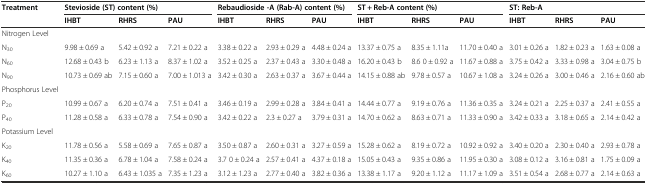
<table><thead><tr><td rowspan="2"><b>Treatment</b></td><td colspan="3"><b>Stevioside (ST) content (%)</b></td><td colspan="3"><b>Rebaudioside -A (Rab-A) content (%)</b></td><td colspan="3"><b>ST + Reb-A content (%)</b></td><td colspan="3"><b>ST: Reb-A</b></td></tr><tr><td><b>IHBT</b></td><td><b>RHRS</b></td><td><b>PAU</b></td><td><b>IHBT</b></td><td><b>RHRS</b></td><td><b>PAU</b></td><td><b>IHBT</b></td><td><b>RHRS</b></td><td><b>PAU</b></td><td><b>IHBT</b></td><td><b>RHRS</b></td><td><b>PAU</b></td></tr></thead><tbody><tr><td>Nitrogen Level</td><td></td><td></td><td></td><td></td><td></td><td></td><td></td><td></td><td></td><td></td><td></td><td></td></tr><tr><td>N<sub>30</sub></td><td>9.98 ± 0.69 a</td><td>5.42 ± 0.92 a</td><td>7.21 ± 0.22 a</td><td>3.38 ± 0.22 a</td><td>2.93 ± 0.29 a</td><td>4.48 ± 0.24 a</td><td>13.37 ± 0.75 a</td><td>8.35 ± 1.11a</td><td>11.70 ± 0.40 a</td><td>3.01 ± 0.26 a</td><td>1.82 ± 0.23 a</td><td>1.63 ± 0.08 a</td></tr><tr><td>N<sub>60</sub></td><td>12.68 ± 0.43 b</td><td>6.23 ± 1.13 a</td><td>8.37 ± 1.02 a</td><td>3.52 ± 0.25 a</td><td>2.37 ± 0.43 a</td><td>3.30 ± 0.48 a</td><td>16.20 ± 0.43 b</td><td>8.6 0 ± 0.92 a</td><td>11.67 ± 0.88 a</td><td>3.75 ± 0.42 a</td><td>3.33 ± 0.98 a</td><td>3.04 ± 0.75 b</td></tr><tr><td>N<sub>90</sub></td><td>10.73 ± 0.69 ab</td><td>7.15 ± 0.60 a</td><td>7.00 ± 1.013 a</td><td>3.42 ± 0.30 a</td><td>2.63 ± 0.37 a</td><td>3.67 ± 0.44 a</td><td>14.15 ± 0.88 ab</td><td>9.78 ± 0.57 a</td><td>10.67 ± 1.08 a</td><td>3.24 ± 0.26 a</td><td>3.00 ± 0.46 a</td><td>2.16 ± 0.60 ab</td></tr><tr><td>Phosphorus Level</td><td></td><td></td><td></td><td></td><td></td><td></td><td></td><td></td><td></td><td></td><td></td><td></td></tr><tr><td>P<sub>20</sub></td><td>10.99 ± 0.67 a</td><td>6.20 ± 0.74 a</td><td>7.51 ± 0.41 a</td><td>3.46 ± 0.19 a</td><td>2.99 ± 0.28 a</td><td>3.84 ± 0.41 a</td><td>14.44 ± 0.77 a</td><td>9.19 ± 0.76 a</td><td>11.36 ± 0.35 a</td><td>3.24 ± 0.21 a</td><td>2.25 ± 0.37 a</td><td>2.41 ± 0.55 a</td></tr><tr><td>P<sub>40</sub></td><td>11.28 ± 0.58 a</td><td>6.33 ± 0.78 a</td><td>7.54 ± 0.90 a</td><td>3.42 ± 0.22 a</td><td>2.3 ± 0.27 a</td><td>3.79 ± 0.31 a</td><td>14.70 ± 0.62 a</td><td>8.63 ± 0.71 a</td><td>11.33 ± 0.90 a</td><td>3.42 ± 0.33 a</td><td>3.18 ± 0.65 a</td><td>2.14 ± 0.42 a</td></tr><tr><td>Potassium Level</td><td></td><td></td><td></td><td></td><td></td><td></td><td></td><td></td><td></td><td></td><td></td><td></td></tr><tr><td>K<sub>20</sub></td><td>11.78 ± 0.56 a</td><td>5.58 ± 0.69 a</td><td>7.65 ± 0.87 a</td><td>3.50 ± 0.87 a</td><td>2.60 ± 0.31 a</td><td>3.27 ± 0.59 a</td><td>15.28 ± 0.62 a</td><td>8.19 ± 0.72 a</td><td>10.92 ± 0.92 a</td><td>3.40 ± 0.20 a</td><td>2.30 ± 0.40 a</td><td>2.93 ± 0.78 a</td></tr><tr><td>K<sub>40</sub></td><td>11.35 ± 0.36 a</td><td>6.78 ± 1.04 a</td><td>7.58 ± 0.24 a</td><td>3.7 0 ± 0.24 a</td><td>2.57 ± 0.41 a</td><td>4.37 ± 0.18 a</td><td>15.05 ± 0.43 a</td><td>9.35 ± 0.86 a</td><td>11.95 ± 0.30 a</td><td>3.08 ± 0.12 a</td><td>3.16 ± 0.81 a</td><td>1.75 ± 0.09 a</td></tr><tr><td>K<sub>60</sub></td><td>10.27 ± 1.10 a</td><td>6.43 ± 1.035 a</td><td>7.35 ± 1.23 a</td><td>3.12 ± 1.23 a</td><td>2.77 ± 0.40 a</td><td>3.82 ± 0.36 a</td><td>13.38 ± 1.17 a</td><td>9.20 ± 1.12 a</td><td>11.17 ± 1.09 a</td><td>3.51 ± 0.54 a</td><td>2.68 ± 0.77 a</td><td>2.14 ± 0.63 a</td></tr></tbody></table>